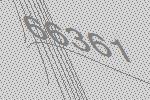
66361